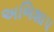
અભિશાપ